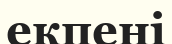
екпені